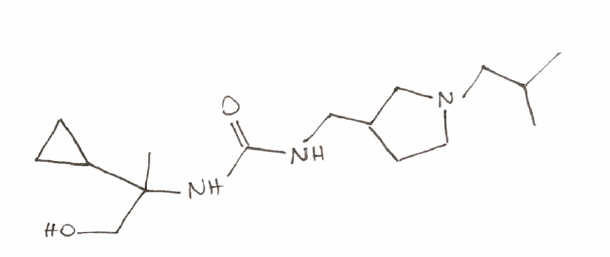
Simplified molecular-input line-entry system (SMILES) notation of the given molecule:
CC(C)CN1CCC(C1)CNC(=O)NC(C)(CO)C2CC2